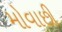
મોવાછી